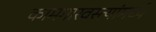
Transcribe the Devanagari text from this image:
कामगारवस्त्यांमध्ये